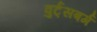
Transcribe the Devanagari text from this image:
वुर्ट्‌सबर्ग